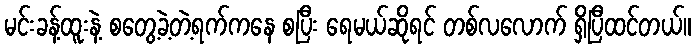
မင်းခန့်ထူးနဲ့ စတွေ့ခဲ့တဲ့ရက်ကနေ စပြီး ရေမယ်ဆိုရင် တစ်လလောက် ရှိပြီထင်တယ်။